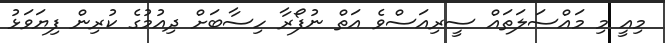
މިއީ މި މައްސަލަތައް ސީރިއަސްވެ އަތް ނުފޯރާ ހިސާބަށް ދިއުމުގެ ކުރިން ފިޔަވަޅު